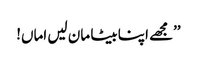
’’مجھے اپنا بیٹا مان لیں اماں!